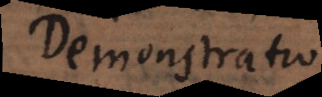
Demonstratio